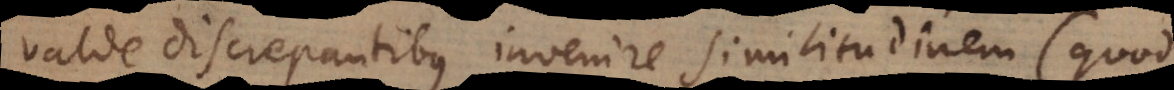
valde discrepantibus invenire similitudinem (quod